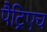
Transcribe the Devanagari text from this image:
पैट्रिएच